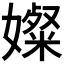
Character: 𫱼